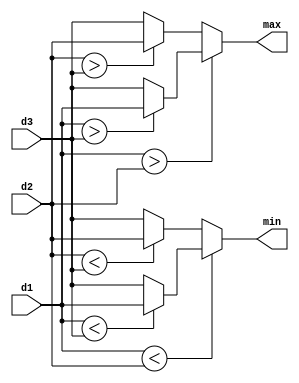
/*
module FindMaxMin(Cmax, Cmin, R_temp, G_temp, B_temp);
output reg [31:0] Cmax, Cmin;
input [31:0] R_temp, G_temp, B_temp;

always @(*) begin
	Cmax = R_temp;
	Cmin = R_temp;
	// tim max
	if (G_temp > Cmax)
		Cmax = G_temp;
	if (B_temp > Cmax)
		Cmax = B_temp;
	// tim min
	if (G_temp < Cmin)
		Cmin = G_temp;
	if (B_temp < Cmin)
		Cmin = B_temp;
end

endmodule
*/
module FindMaxMin(max, min, d1, d2, d3);
	output [32-1:0] max, min;
	input [32-1:0] d1, d2, d3;
	
	// tim max, min voi d1, d2, d3 deu la cac so duong
	assign max = (d1>d2) ? ((d1>d3) ? d1 : d3) : ((d2>d3) ? d2 : d3);
	assign min = (d1<d2) ? ((d1<d3) ? d1 : d3) : ((d2<d3) ? d2 : d3);
endmodule